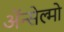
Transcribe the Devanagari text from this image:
ॲन्सेल्मो